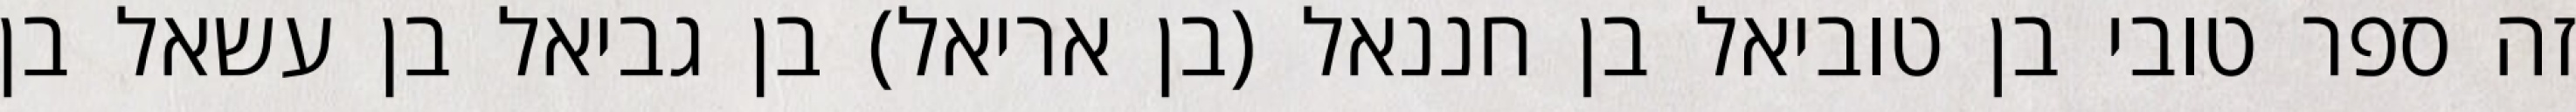
זה ספר טובי בן טוביאל בן חננאל (בן אריאל) בן גביאל בן עשאל בן